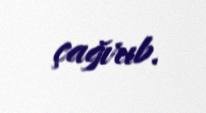
çağırıb.